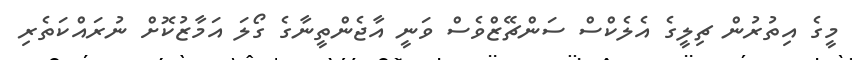
މީގެ އިތުރުން ޗިލީގެ އެލެކްސް ސަންޗޭޒްވެސް ވަނީ އާޖެންތީނާގެ ގޯލަ އަމާޒުކޮށް ނުރައްކަތެރި